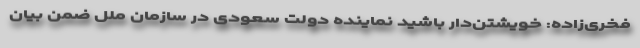
فخری‌زاده: خویشتن‌دار باشید نماینده دولت سعودی در سازمان ملل ضمن بیان